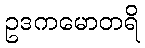
ဥဒကမောတရိ